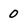
Character: 0